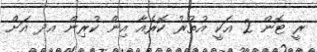
ރީ ޓޮން 2 އަކީ އުތުރު ކޮރެއާ އިން ކުރިން އދ އަށް